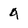
Character: q